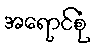
အရောင်စုံ